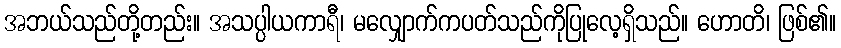
အဘယ်သည်တို့တည်း။ အသပ္ပါယကာရီ၊ မလျှောက်ကပတ်သည်ကိုပြုလေ့ရှိသည်။ ဟောတိ၊ ဖြစ်၏။